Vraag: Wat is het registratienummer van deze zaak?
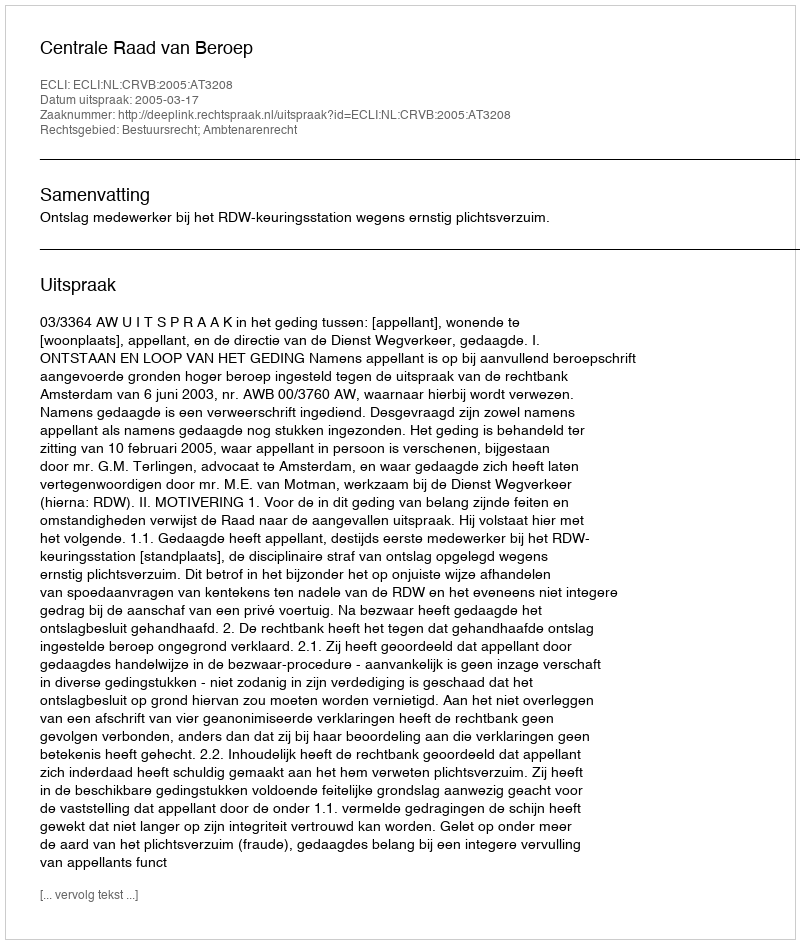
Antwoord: http://deeplink.rechtspraak.nl/uitspraak?id=ECLI:NL:CRVB:2005:AT3208